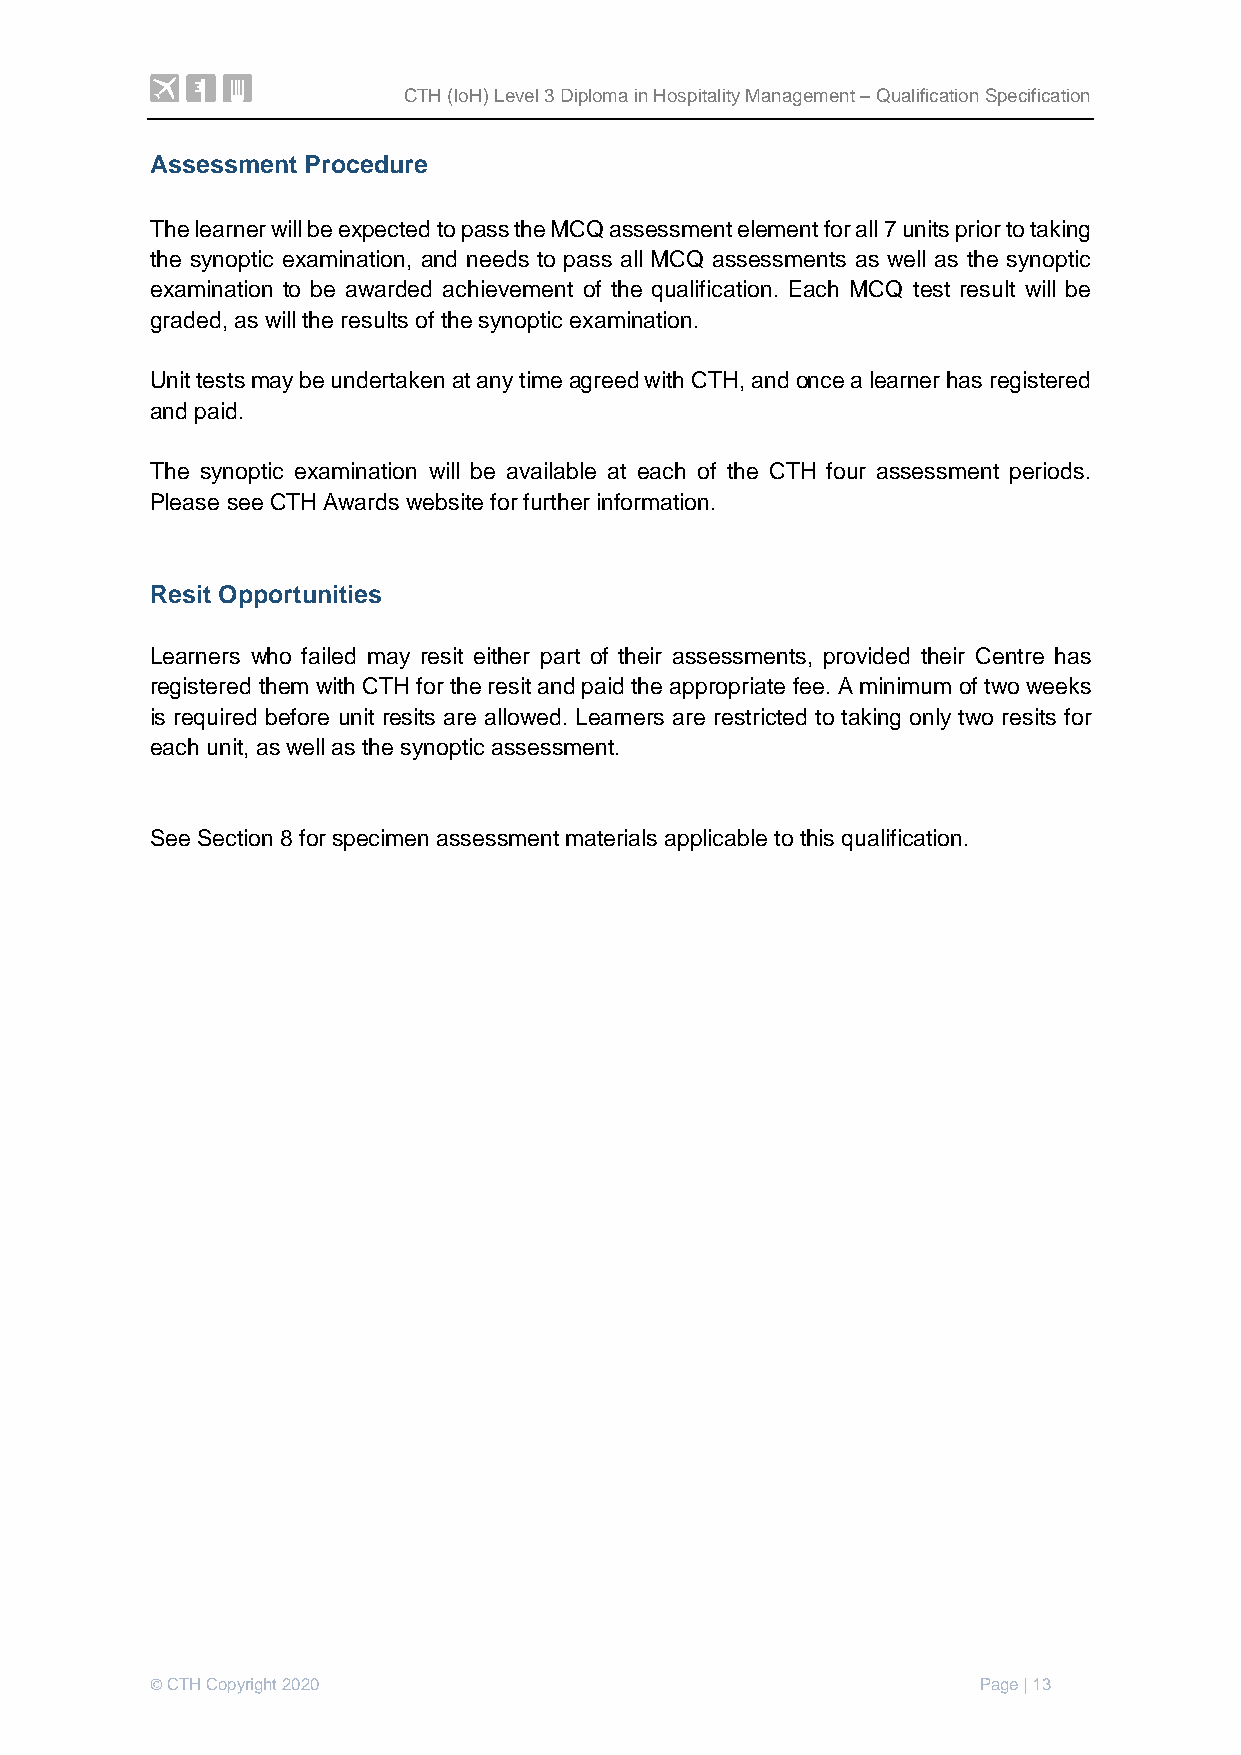
CTH (IoH) Level 3 Diploma in Hospitality Management – Qualification Specification
 Assessment Procedure
 The learner will be expected to pass the MCQ assessment element for all 7 units prior to taking
 the synoptic examination, and needs to pass all MCQ assessments as well as the synoptic
 examination to be awarded achievement of the qualification. Each MCQ test result will be
 graded, as will the results of the synoptic examination.
 Unit tests may be undertaken at any time agreed with CTH, and once a learner has registered
 and paid.
 The synoptic examination will be available at each of the CTH four assessment periods.
 Please see CTH Awards website for further information.
 Resit Opportunities
 Learners who failed may resit either part of their assessments, provided their Centre has
 registered them with CTH for the resit and paid the appropriate fee. A minimum of two weeks
 is required before unit resits are allowed. Learners are restricted to taking only two resits for
 each unit, as well as the synoptic assessment.
 See Section 8 for specimen assessment materials applicable to this qualification.
 © CTH Copyright 2020                                   Page | 13